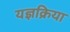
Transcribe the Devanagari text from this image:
यज्ञक्रिया